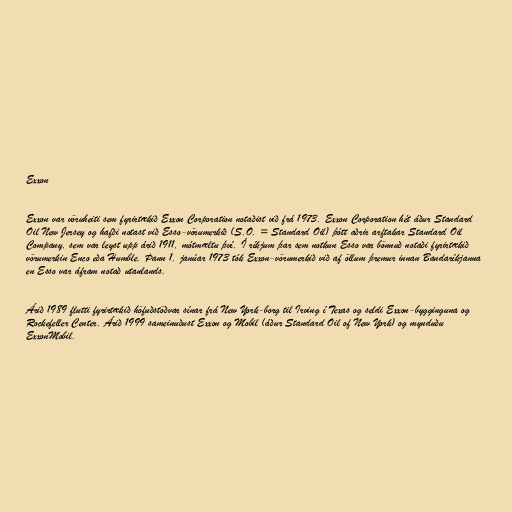
Exxon

Exxon var vöruheiti sem fyrirtækið Exxon Corporation notaðist við frá 1973. Exxon Corporation hét áður Standard
Oil New Jersey og hafði notast við Esso-vörumerkið (S.O. = Standard Oil) þótt aðrir arftakar Standard Oil
Company, sem var leyst upp árið 1911, mótmæltu því. Í ríkjum þar sem notkun Esso var bönnuð notaði fyrirtækið
vörumerkin Enco eða Humble. Þann 1. janúar 1973 tók Exxon-vörumerkið við af öllum þremur innan Bandaríkjanna
en Esso var áfram notað utanlands.

Árið 1989 flutti fyrirtækið höfuðstöðvar sínar frá New York-borg til Irving í Texas og seldi Exxon-bygginguna og
Rockefeller Center. Árið 1999 sameinuðust Exxon og Mobil (áður Standard Oil of New York) og mynduðu
ExxonMobil.